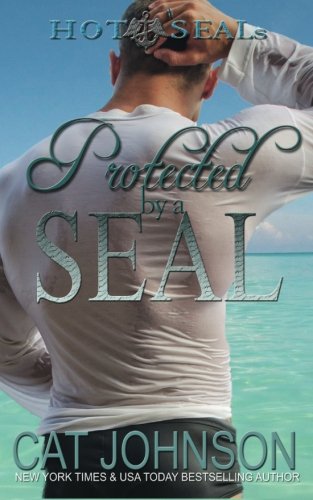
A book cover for Protected by a SEAL: Hot SEALs (Volume 5); Cat Johnson; Romance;